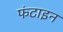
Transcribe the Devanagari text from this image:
फंटाइन